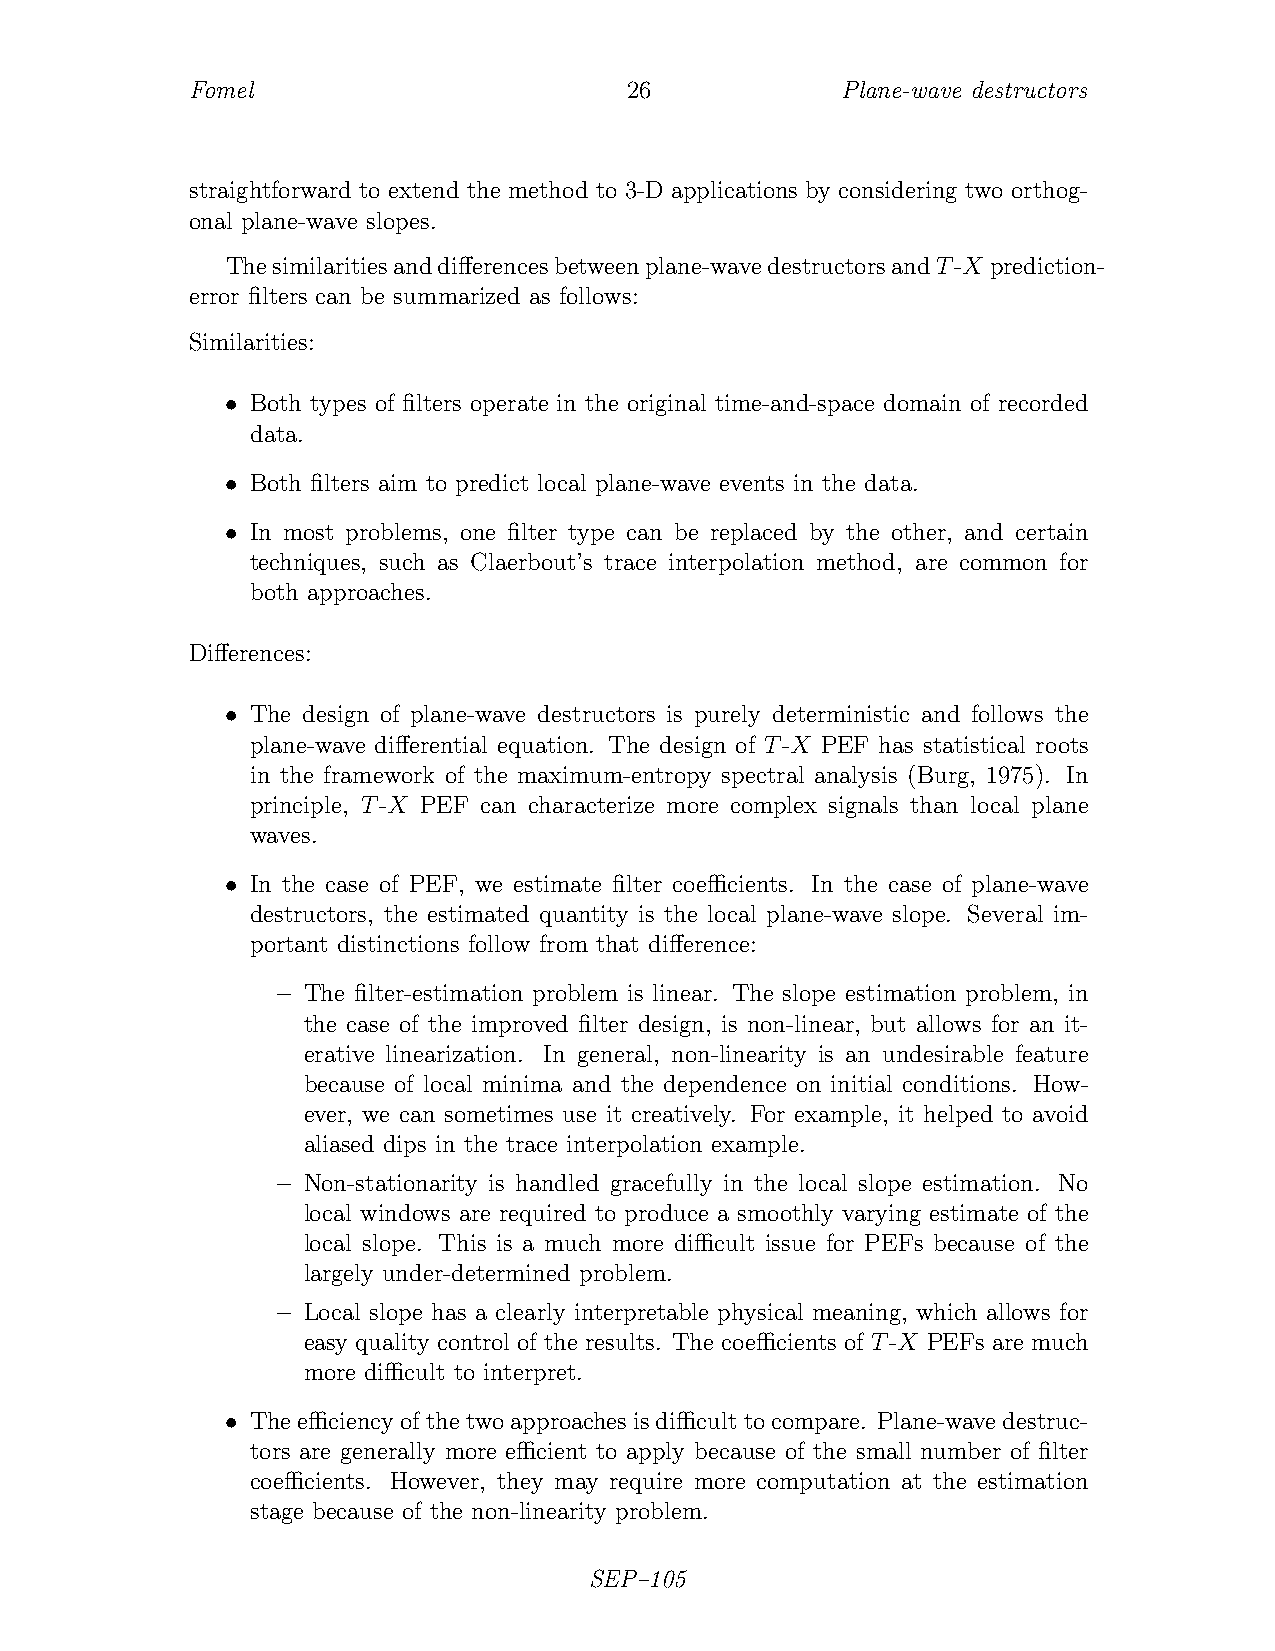
Fomel                       26             Plane-wave destructors
 straightforward to extend the method to 3-D applications by considering two orthog-
 onal plane-wave slopes.
 Thesimilaritiesanddifferencesbetweenplane-wavedestructorsandT-X prediction-
 error filters can be summarized as follows:
 Similarities:
 • Both types of filters operate in the original time-and-space domain of recorded
 data.
 • Both filters aim to predict local plane-wave events in the data.
 • In most problems, one filter type can be replaced by the other, and certain
 techniques, such as Claerbout’s trace interpolation method, are common for
 both approaches.
 Differences:
 • The design of plane-wave destructors is purely deterministic and follows the
 plane-wave differential equation. The design of T-X PEF has statistical roots
 in the framework of the maximum-entropy spectral analysis (Burg, 1975). In
 principle, T-X PEF can characterize more complex signals than local plane
 waves.
 • In the case of PEF, we estimate filter coefficients. In the case of plane-wave
 destructors, the estimated quantity is the local plane-wave slope. Several im-
 portant distinctions follow from that difference:
 – The filter-estimation problem is linear. The slope estimation problem, in
 the case of the improved filter design, is non-linear, but allows for an it-
 erative linearization. In general, non-linearity is an undesirable feature
 because of local minima and the dependence on initial conditions. How-
 ever, we can sometimes use it creatively. For example, it helped to avoid
 aliased dips in the trace interpolation example.
 – Non-stationarity is handled gracefully in the local slope estimation. No
 local windows are required to produce a smoothly varying estimate of the
 local slope. This is a much more difficult issue for PEFs because of the
 largely under-determined problem.
 – Local slope has a clearly interpretable physical meaning, which allows for
 easy quality control of the results. The coefficients of T-X PEFs are much
 more difficult to interpret.
 • Theefficiencyofthetwoapproachesisdifficulttocompare. Plane-wavedestruc-
 tors are generally more efficient to apply because of the small number of filter
 coefficients. However, they may require more computation at the estimation
 stage because of the non-linearity problem.
 SEP–105